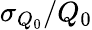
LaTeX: {\sigma_{Q_{0}}}/{Q_{0}}